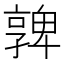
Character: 𡦟